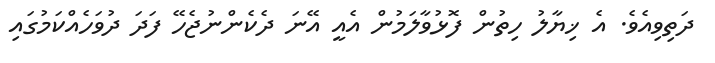
ދަތިވިއެވެ. އެ ޚިޔާލު ހިތުން ފޮޅުވާލަމުން އެއީ އޭނަ ދެކެންނުޖެހޭ ފަދަ ދުވަހެއްކަމުގައި